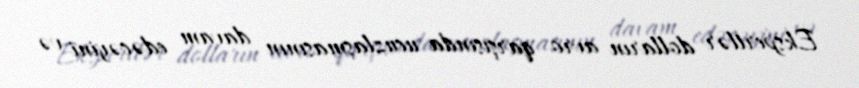
Ekspertlər dolların avro qarşısında ucuzlaşmasının davam edəcəyini və